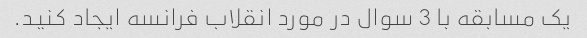
یک مسابقه با 3 سوال در مورد انقلاب فرانسه ایجاد کنید.